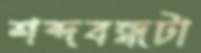
শব্দবন্ধটা